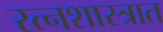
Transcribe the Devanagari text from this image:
रत्नशास्त्रात